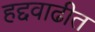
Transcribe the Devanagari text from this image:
हद्दवाढीत